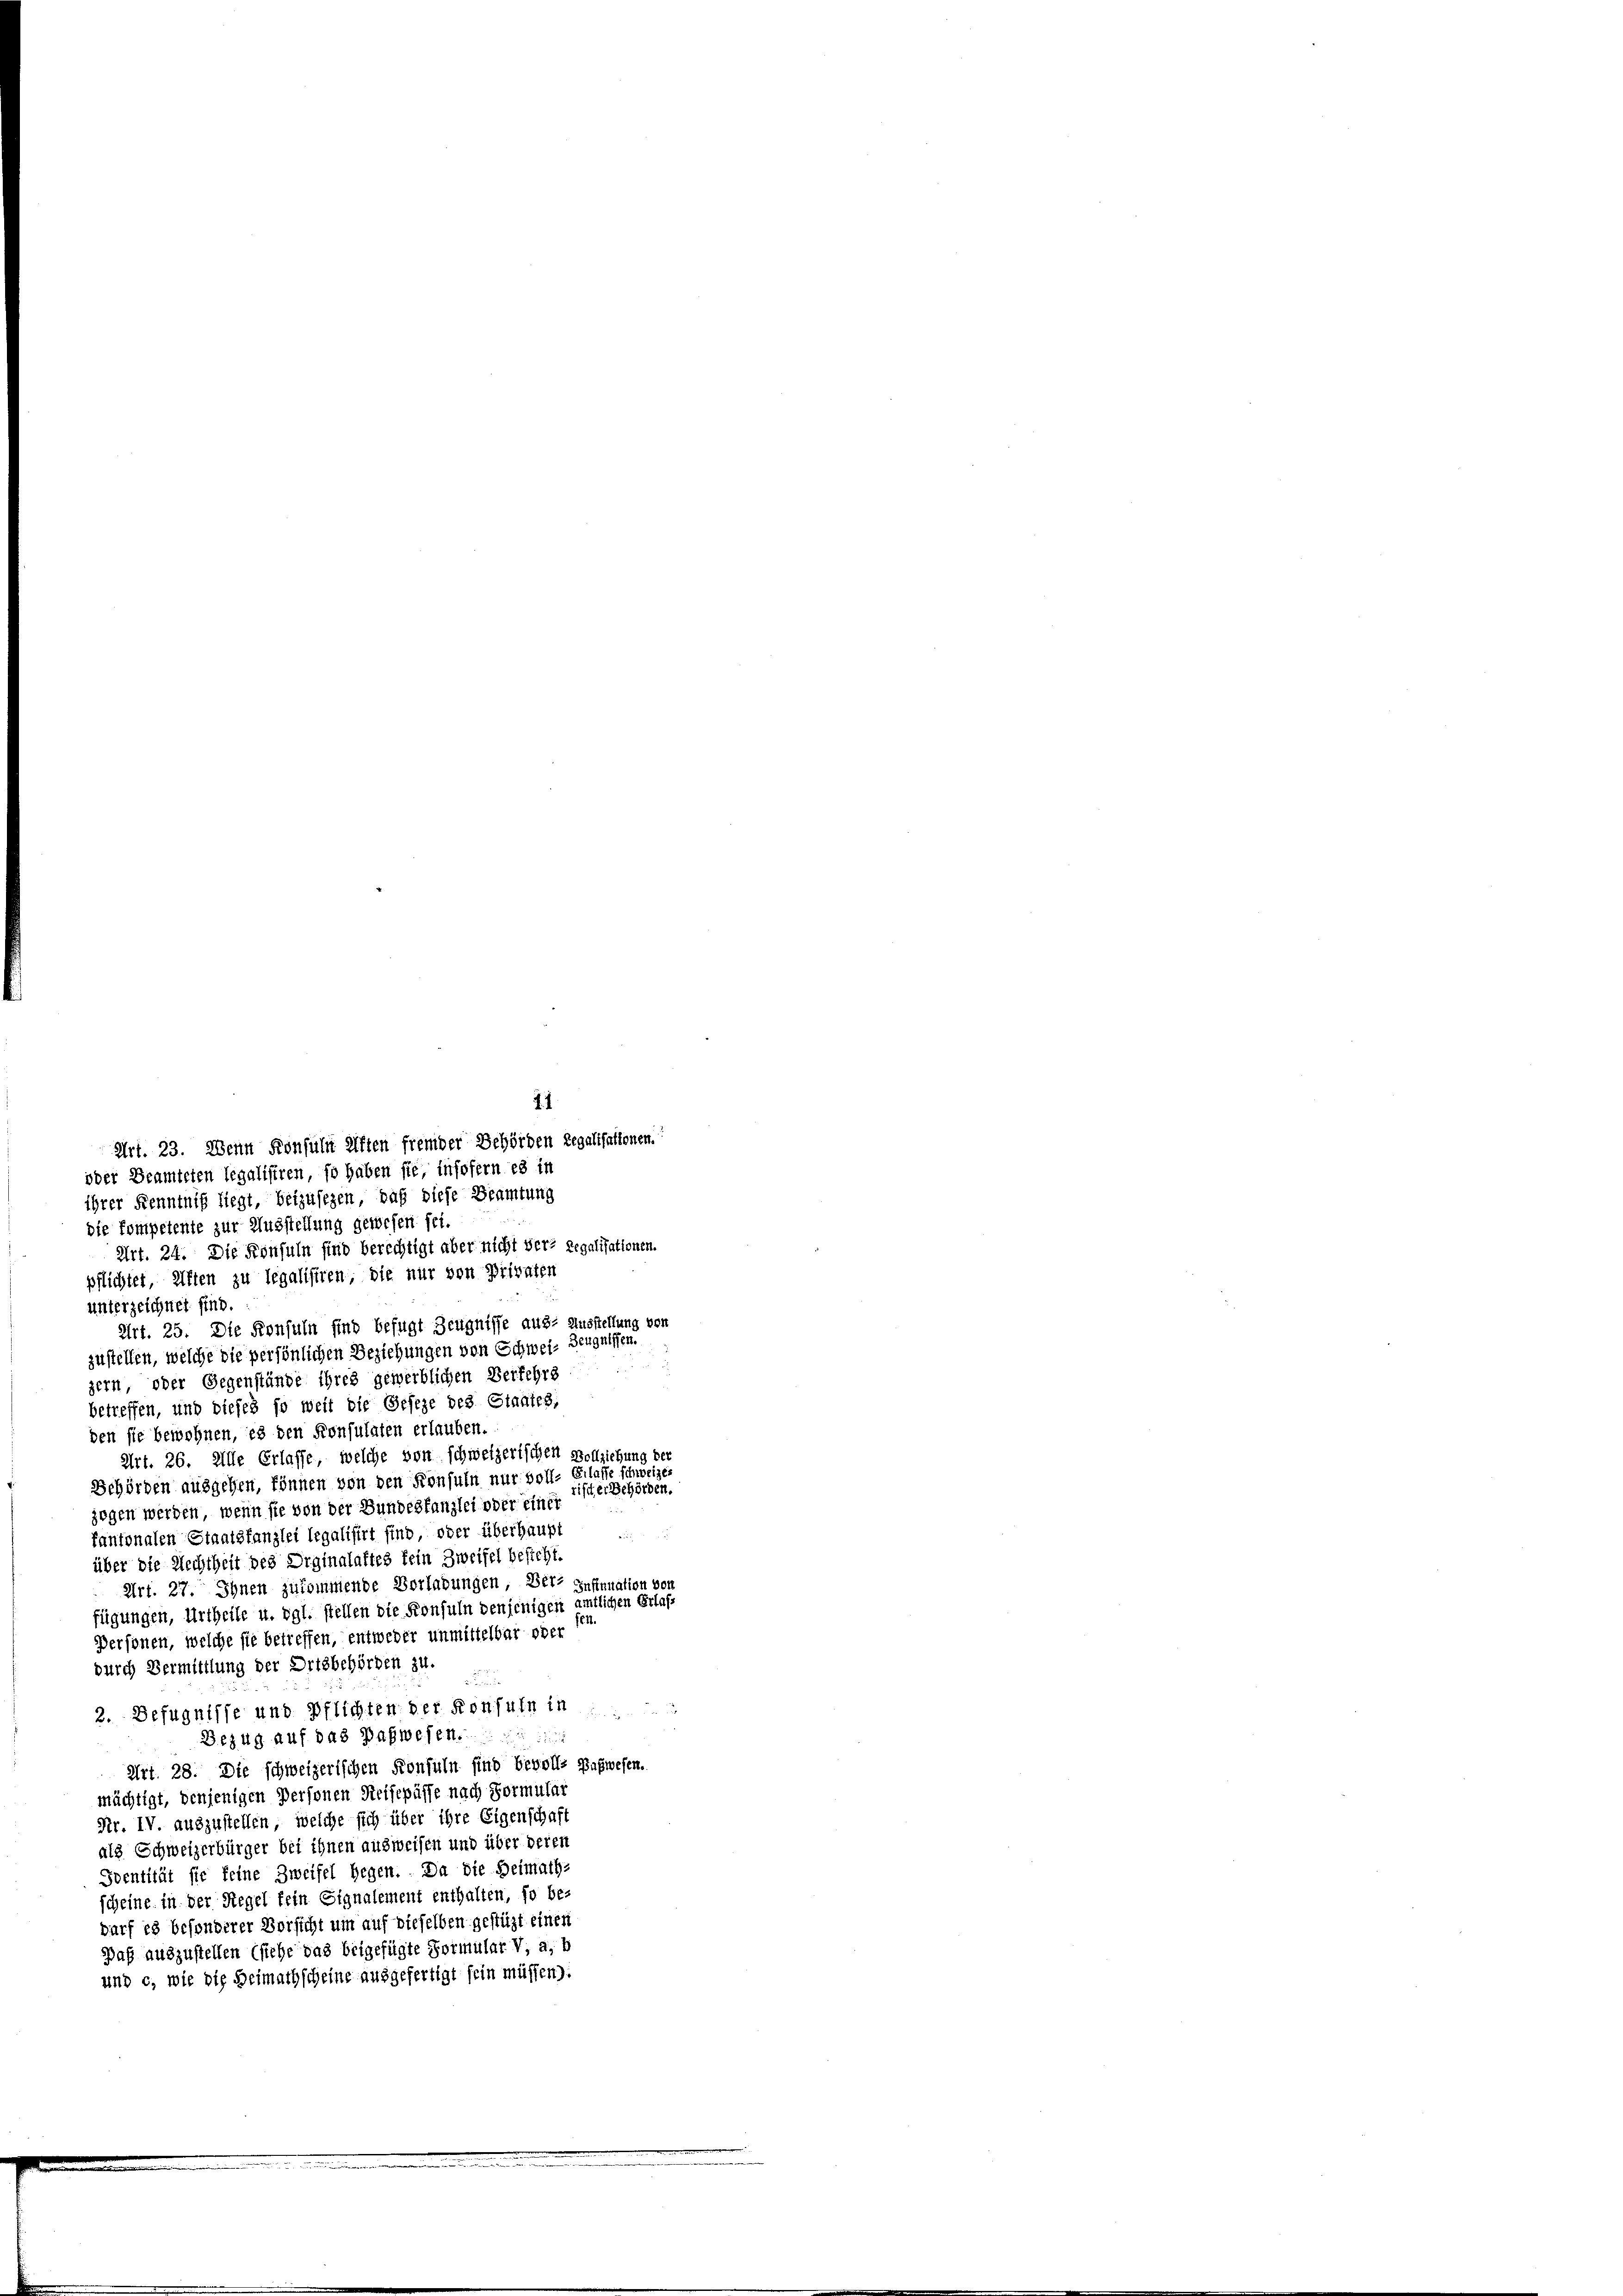
Art. 23. Wenn Konsuln elften fremder Behörden Regalisationen.
oder Beamteten legalisiren, so haben sie, insofern es in
ihrer Kenntniß liegt, beizusehen, daß diese Beamtung
die Kompetente zur Ausstellung gewesen sei.
Art. 24. Die Konsuln sind berechtigt aber nicht der Regalisationen.
pflichtet, alten zu legalisiren, die nur von Privaten
unterzeichnet sind.
Art. 25. Die Konsuln sind befugt Zeugnisse aus- Ausstellung von
zustellen, welche die persönlichen Beziehungen von Schwei- Zeugelfen.
zern, oder Gegenstände ihres gewerblichen Verfehrs
betreffen, und dieses so weit die Geseze des Staates,
den sie bewohnen, es den Konsulaten erlauben.
Art. 26. Alle Erlasse, welche von schweizerischen Vollziehung der
Gehörden ausgehen, können von den Konsuln nur voll- Gelasse schweize
rister Behörden.
zogen werden, wenn sie von der Bundeskanzlei oder einer
kantonalen Staatskanzlei legalisirt sind, oder überhaupt
über die Rechtheit des Orginalaftes fein Zweifel besicht.
Art. 27. Ihnen zukommende Vorladungen, Bern Insinuation von
fügungen, Urtheile u. dgl. stellen die Konsuln denjenigen amtlichen Erlas
1.
Personen, welche sie betreffen, entweder unmittelbar oder
durch Vermittlung der Ortsbehörden zu.
u
2. Befugnisse und Pflichten der Konsuln in
Bezug auf das Babwesen.
Art. 28. Die schweizerischen Konsuln sind bevoll- Babwesen.
mächtigt, denjenigen Personen Reisepässe nach Formular
Nr. IV. auszustellen, welche sich über ihre Eigenschaft
als Schweizerbürger bei ihnen ausweisen und über deren
Identität sie feine Zweifel gegen. Da die Heimath-
scheine in der Regel fein Signalement enthalten, fo be-
darf es besonderer Vorsicht um auf dieselben gestützt einen
Daß auszustellen (siehe das beigefügte Formulat V, a, b
und c, wie die Heimathscheine ausgefertigt sein müssen).

11